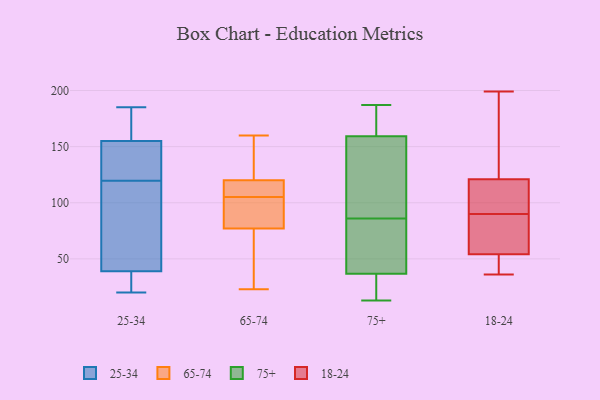
{"axis": {"x": "Revenue (USD Million)", "y": "Value"}, "legend": ["18-24", "25-34", "65-74", "75+"], "data": [{"x": "", "y": 82, "type": "25-34"}, {"x": "", "y": 133, "type": "25-34"}, {"x": "", "y": 20, "type": "25-34"}, {"x": "", "y": 176, "type": "25-34"}, {"x": "", "y": 120, "type": "25-34"}, {"x": "", "y": 32, "type": "25-34"}, {"x": "", "y": 39, "type": "25-34"}, {"x": "", "y": 140, "type": "25-34"}, {"x": "", "y": 159, "type": "25-34"}, {"x": "", "y": 155, "type": "25-34"}, {"x": "", "y": 26, "type": "25-34"}, {"x": "", "y": 119, "type": "25-34"}, {"x": "", "y": 185, "type": "25-34"}, {"x": "", "y": 89, "type": "25-34"}, {"x": "", "y": 77, "type": "65-74"}, {"x": "", "y": 103, "type": "65-74"}, {"x": "", "y": 159, "type": "65-74"}, {"x": "", "y": 116, "type": "65-74"}, {"x": "", "y": 71, "type": "65-74"}, {"x": "", "y": 23, "type": "65-74"}, {"x": "", "y": 51, "type": "65-74"}, {"x": "", "y": 125, "type": "65-74"}, {"x": "", "y": 120, "type": "65-74"}, {"x": "", "y": 107, "type": "65-74"}, {"x": "", "y": 110, "type": "65-74"}, {"x": "", "y": 94, "type": "65-74"}, {"x": "", "y": 94, "type": "65-74"}, {"x": "", "y": 160, "type": "65-74"}, {"x": "", "y": 35, "type": "75+"}, {"x": "", "y": 165, "type": "75+"}, {"x": "", "y": 170, "type": "75+"}, {"x": "", "y": 142, "type": "75+"}, {"x": "", "y": 187, "type": "75+"}, {"x": "", "y": 131, "type": "75+"}, {"x": "", "y": 21, "type": "75+"}, {"x": "", "y": 72, "type": "75+"}, {"x": "", "y": 86, "type": "75+"}, {"x": "", "y": 13, "type": "75+"}, {"x": "", "y": 42, "type": "75+"}, {"x": "", "y": 61, "type": "18-24"}, {"x": "", "y": 120, "type": "18-24"}, {"x": "", "y": 129, "type": "18-24"}, {"x": "", "y": 36, "type": "18-24"}, {"x": "", "y": 54, "type": "18-24"}, {"x": "", "y": 106, "type": "18-24"}, {"x": "", "y": 74, "type": "18-24"}, {"x": "", "y": 199, "type": "18-24"}, {"x": "", "y": 52, "type": "18-24"}, {"x": "", "y": 121, "type": "18-24"}]}